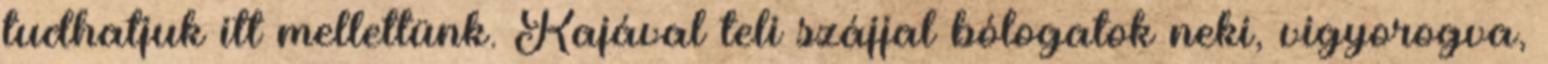
tudhatjuk itt mellettünk. Kajával teli szájjal bólogatok neki, vigyorogva,